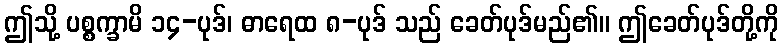
ဤသို့ ပစ္စက္ခာမိ ၁၄-ပုဒ်၊ ဓာရေထ ၈-ပုဒ် သည် ခေတ်ပုဒ်မည်၏။ ဤခေတ်ပုဒ်တို့ကို